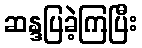
ဆန္ဒပြခဲ့ကြပြီး